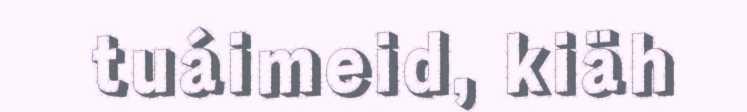
tuáimeid, kiäh